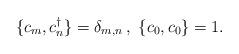
LaTeX: \begin{align*} \{c_m,c_n^\dagger\}=\delta_{m,n}\, ,\ \{c_0,c_0\}=1.\end{align*}